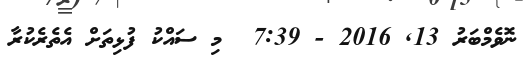
ނޮވެމްބަރު 13